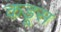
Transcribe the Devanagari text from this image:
कडूस